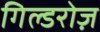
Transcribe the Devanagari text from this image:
गिल्डरोज़